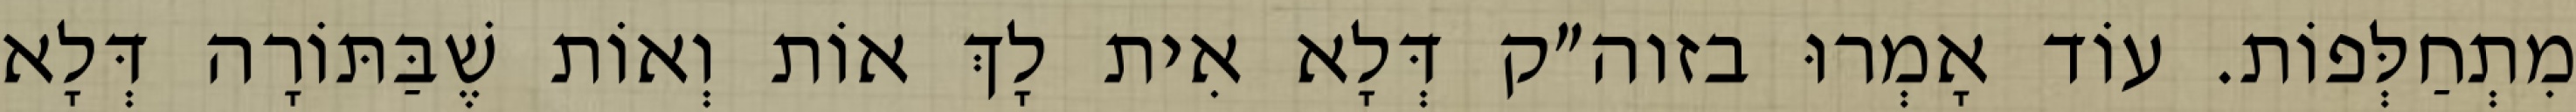
מִתְחַלְּפוֹת. עוֹד אָמְרוּ בזוה״ק דְּלָא אִית לָךְ אוֹת וְאוֹת שֶׁבַּתּוֹרָה דְּלָא